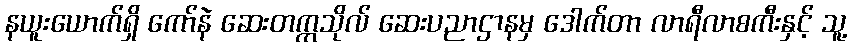
နယူးယောက်ရှိ ကော်နဲ ဆေးတက္ကသိုလ် ဆေးပညာဌာနမှ ဒေါက်တာ လာရီလာစကီးနှင့် သူ့